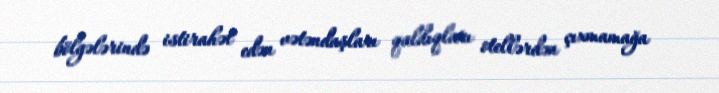
bölgələrində istirahət edən vətəndaşları qaldıqları otellərdən çıxmamağa